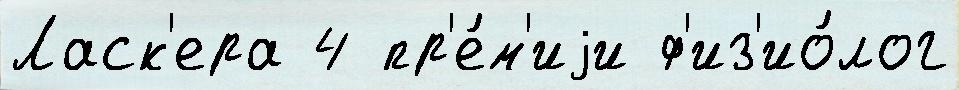
Ласк'ера 4 пр'е́м'иjи ф'из'ио́лог